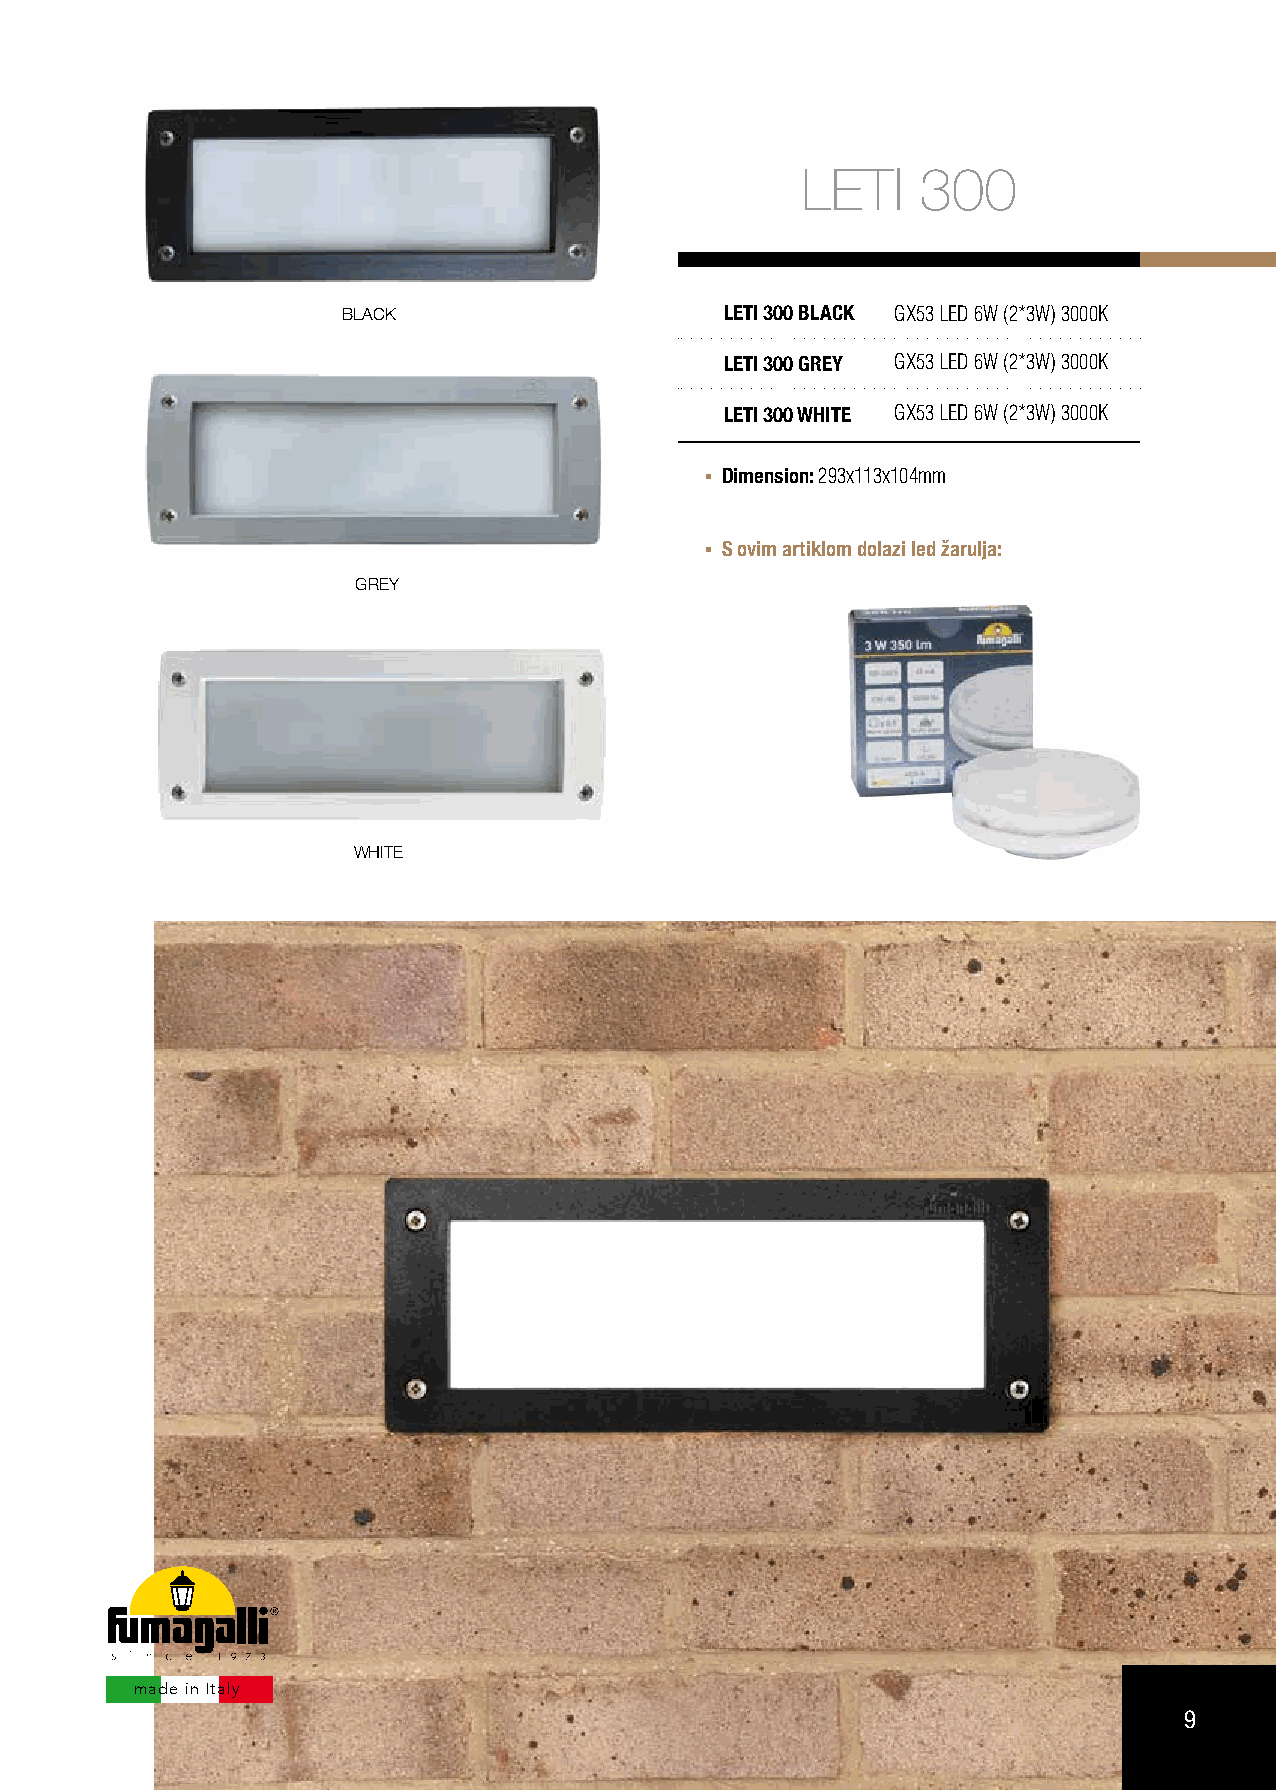
LETI    300
 BLACK                    LETI 300 BLACK GX53 LED 6W (2*3W) 3000K
 LETI 300 GREY GX53 LED 6W (2*3W) 3000K
 LETI 300 WHITE GX53 LED 6W (2*3W) 3000K
 Dimension: 293x113x104mm
 S ovim artiklom dolazi led žarulja:
 GREY
 WHITE
 made in Italy
 9